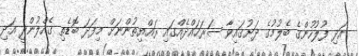
އަދި ފުލުހުންގެ ބެލުމުގެ ދަށުގައިވާ ސަރަހައްދެއްގައި ރައްޔިތުންނަށް މިފަދަ ބޮޑެތި ގެއްލުންދީ އަދި